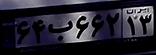
۶۴ب۶۶۲۱۳